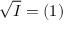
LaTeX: { \sqrt { I } } = ( 1 )